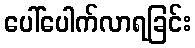
ပေါ်ပေါက်လာရခြင်း